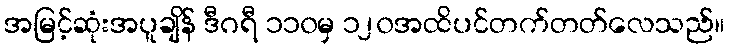
အမြင့်ဆုံးအပူချိန် ဒီဂရီ ၁၁၀မှ ၁၂၀အထိပင်တက်တတ်လေသည်။